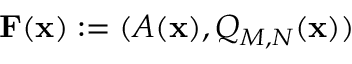
\mathbf { F } ( \mathbf { x } ) : = ( A ( \mathbf { x } ) , Q _ { M , N } ( \mathbf { x } ) )